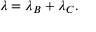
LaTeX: \lambda = \lambda _ { B } + \lambda _ { C } .